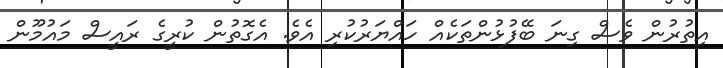
އިތުރުން ވެސް ގިނަ ބޭފުޅުންތަކެއް ހައްޔަރުކުރި އެވެ. އެގޮތުން ކުރީގެ ރައީސް މައުމޫން